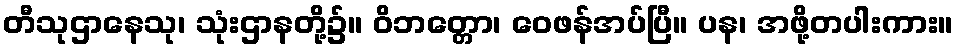
တီသုဌာနေသု၊ သုံးဌာနတို့၌။ ဝိဘတ္တော၊ ဝေဖန်အပ်ပြီ။ ပန၊ အဖို့တပါးကား။